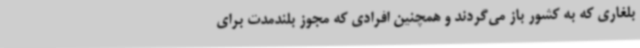
بلغاری که به کشور باز می‌گردند و همچنین افرادی که مجوز بلندمدت برای